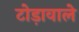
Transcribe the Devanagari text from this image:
टोड़ावाले